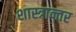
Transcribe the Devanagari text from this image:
शास्त्रान्तर